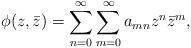
LaTeX: \begin{align*}\phi(z,\bar z)=\sum_{n=0}^\infty\sum_{m=0}^\infty a_{mn}z^n\bar z^m,\end{align*}